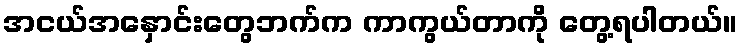
အငယ်အနှောင်းတွေဘက်က ကာကွယ်တာကို တွေ့ရပါတယ်။